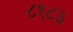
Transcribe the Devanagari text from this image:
८१८३